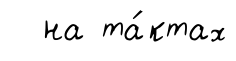
на та́ктах